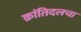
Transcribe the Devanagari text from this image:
क्रांतिदलचा